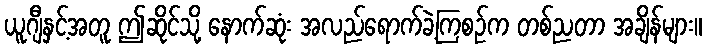
ယူဂျီနှင့်အတူ ဤဆိုင်သို့ နောက်ဆုံး အလည်ရောက်ခဲ့ကြစဉ်က တစ်ညတာ အချိန်များ။